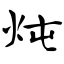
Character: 炖